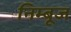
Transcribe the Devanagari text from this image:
निम्बूज